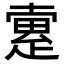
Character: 𤴡